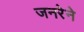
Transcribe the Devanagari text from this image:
जनरेने